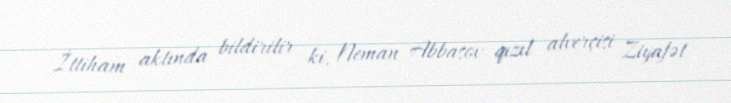
İttiham aktında bildirilir ki, Neman Abbasov qızıl alverçisi Ziyafət